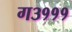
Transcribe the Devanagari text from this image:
ग३१११